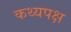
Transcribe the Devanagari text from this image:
कथ्यपक्ष